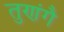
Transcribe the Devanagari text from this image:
तुणंगै